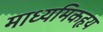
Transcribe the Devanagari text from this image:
माध्यमिकहृय